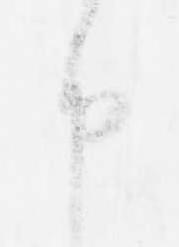
申